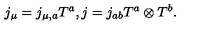
j _ { \mu } = j _ { \mu , a } T ^ { a } , j = j _ { a b } T ^ { a } \otimes T ^ { b } .